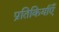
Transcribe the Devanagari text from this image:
प्रतिकिर्याएँ